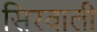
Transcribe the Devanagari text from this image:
सिरवाली